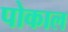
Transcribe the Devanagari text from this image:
पोकाल